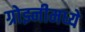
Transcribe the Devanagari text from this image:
ग्रोझ्नीमध्ये